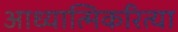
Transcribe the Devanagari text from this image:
आध्यात्मिकरित्या